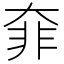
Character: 𩇩